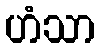
ဟံသာ